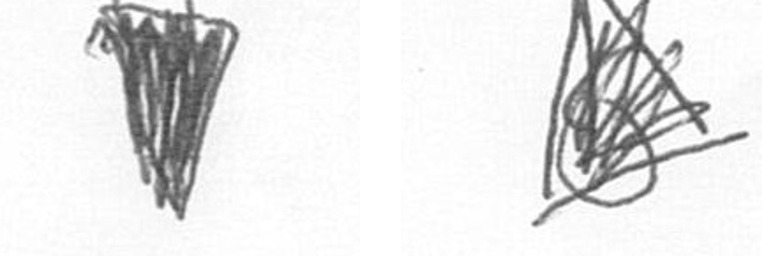
J O